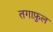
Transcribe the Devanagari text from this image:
तगाफ़ुल